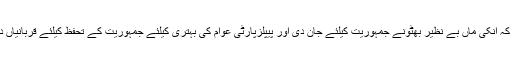
انہوں نے کہا کہ انکی ماں بے نظیر بھٹونے جمہوریت کیلئے جان دی اور پیپلزپارٹی عوام کی بہتری کیلئے جمہوریت کے تحفظ کیلئے قربانیاں دیتی رہے گی۔